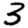
Digit: 3